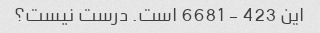
این 423 - 6681 است. درست نیست؟